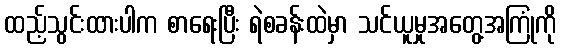
ထည့်သွင်းထားပါက စာရေးပြီး ရဲစခန်းထဲမှာ သင်ယူမှုအတွေ့အကြုံကို